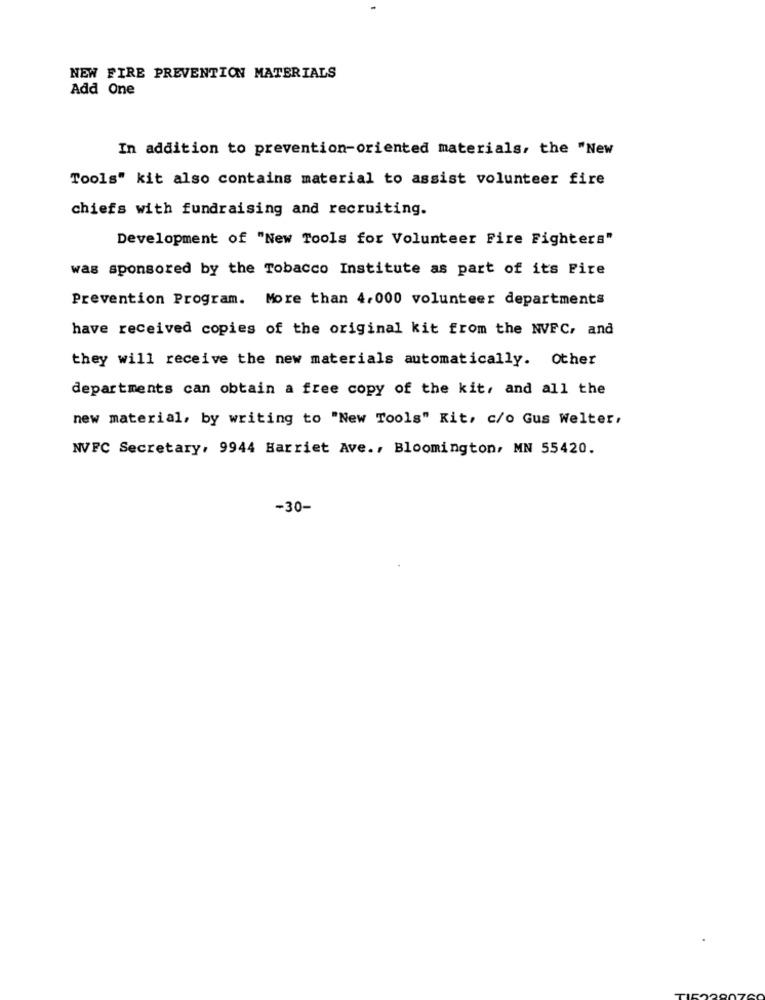
NEW FIRE PREVENTION MATERIALS
Add One
In addition to prevention-oriented materials, the "New
Tools" kit also contains material to assist volunteer fire
chiefs with fundraising and recruiting.
Development of "New Tools for Volunteer Fire Fighters"
was sponsored by the Tobacco Institute as part of its Fire
Prevention Program. More than 4.000 volunteer departments
have received copies of the original kit from the NVFC, and
they will receive the new materials automatically. Other
departments can obtain a free copy of the kit, and all the
new material, by writing to "New Tools" Kit, c/o Gus Welter,
NVFC Secretary, 9944 Harriet Ave ., Bloomington, MN 55420.
-30-